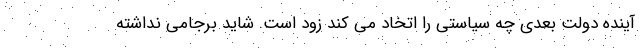
آینده دولت بعدی چه سیاستی را اتخاد می کند زود است. شاید برجامی نداشته